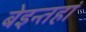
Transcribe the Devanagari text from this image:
बेइन्तहां